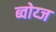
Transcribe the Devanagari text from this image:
ब्वोय्ज